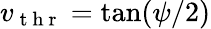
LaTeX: v_{\mathrm{~t~h~r~}}=\tan(\psi/2)